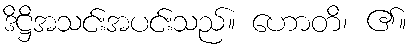
ဒိဋ္ဌိအသင်းအပင်းသည်။ ဟောတိ၊ ၏။